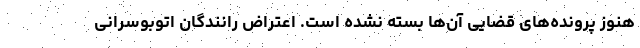
هنوز پرونده‌های قضایی آن‌ها بسته نشده است. اعتراض رانندگان اتوبوسرانی